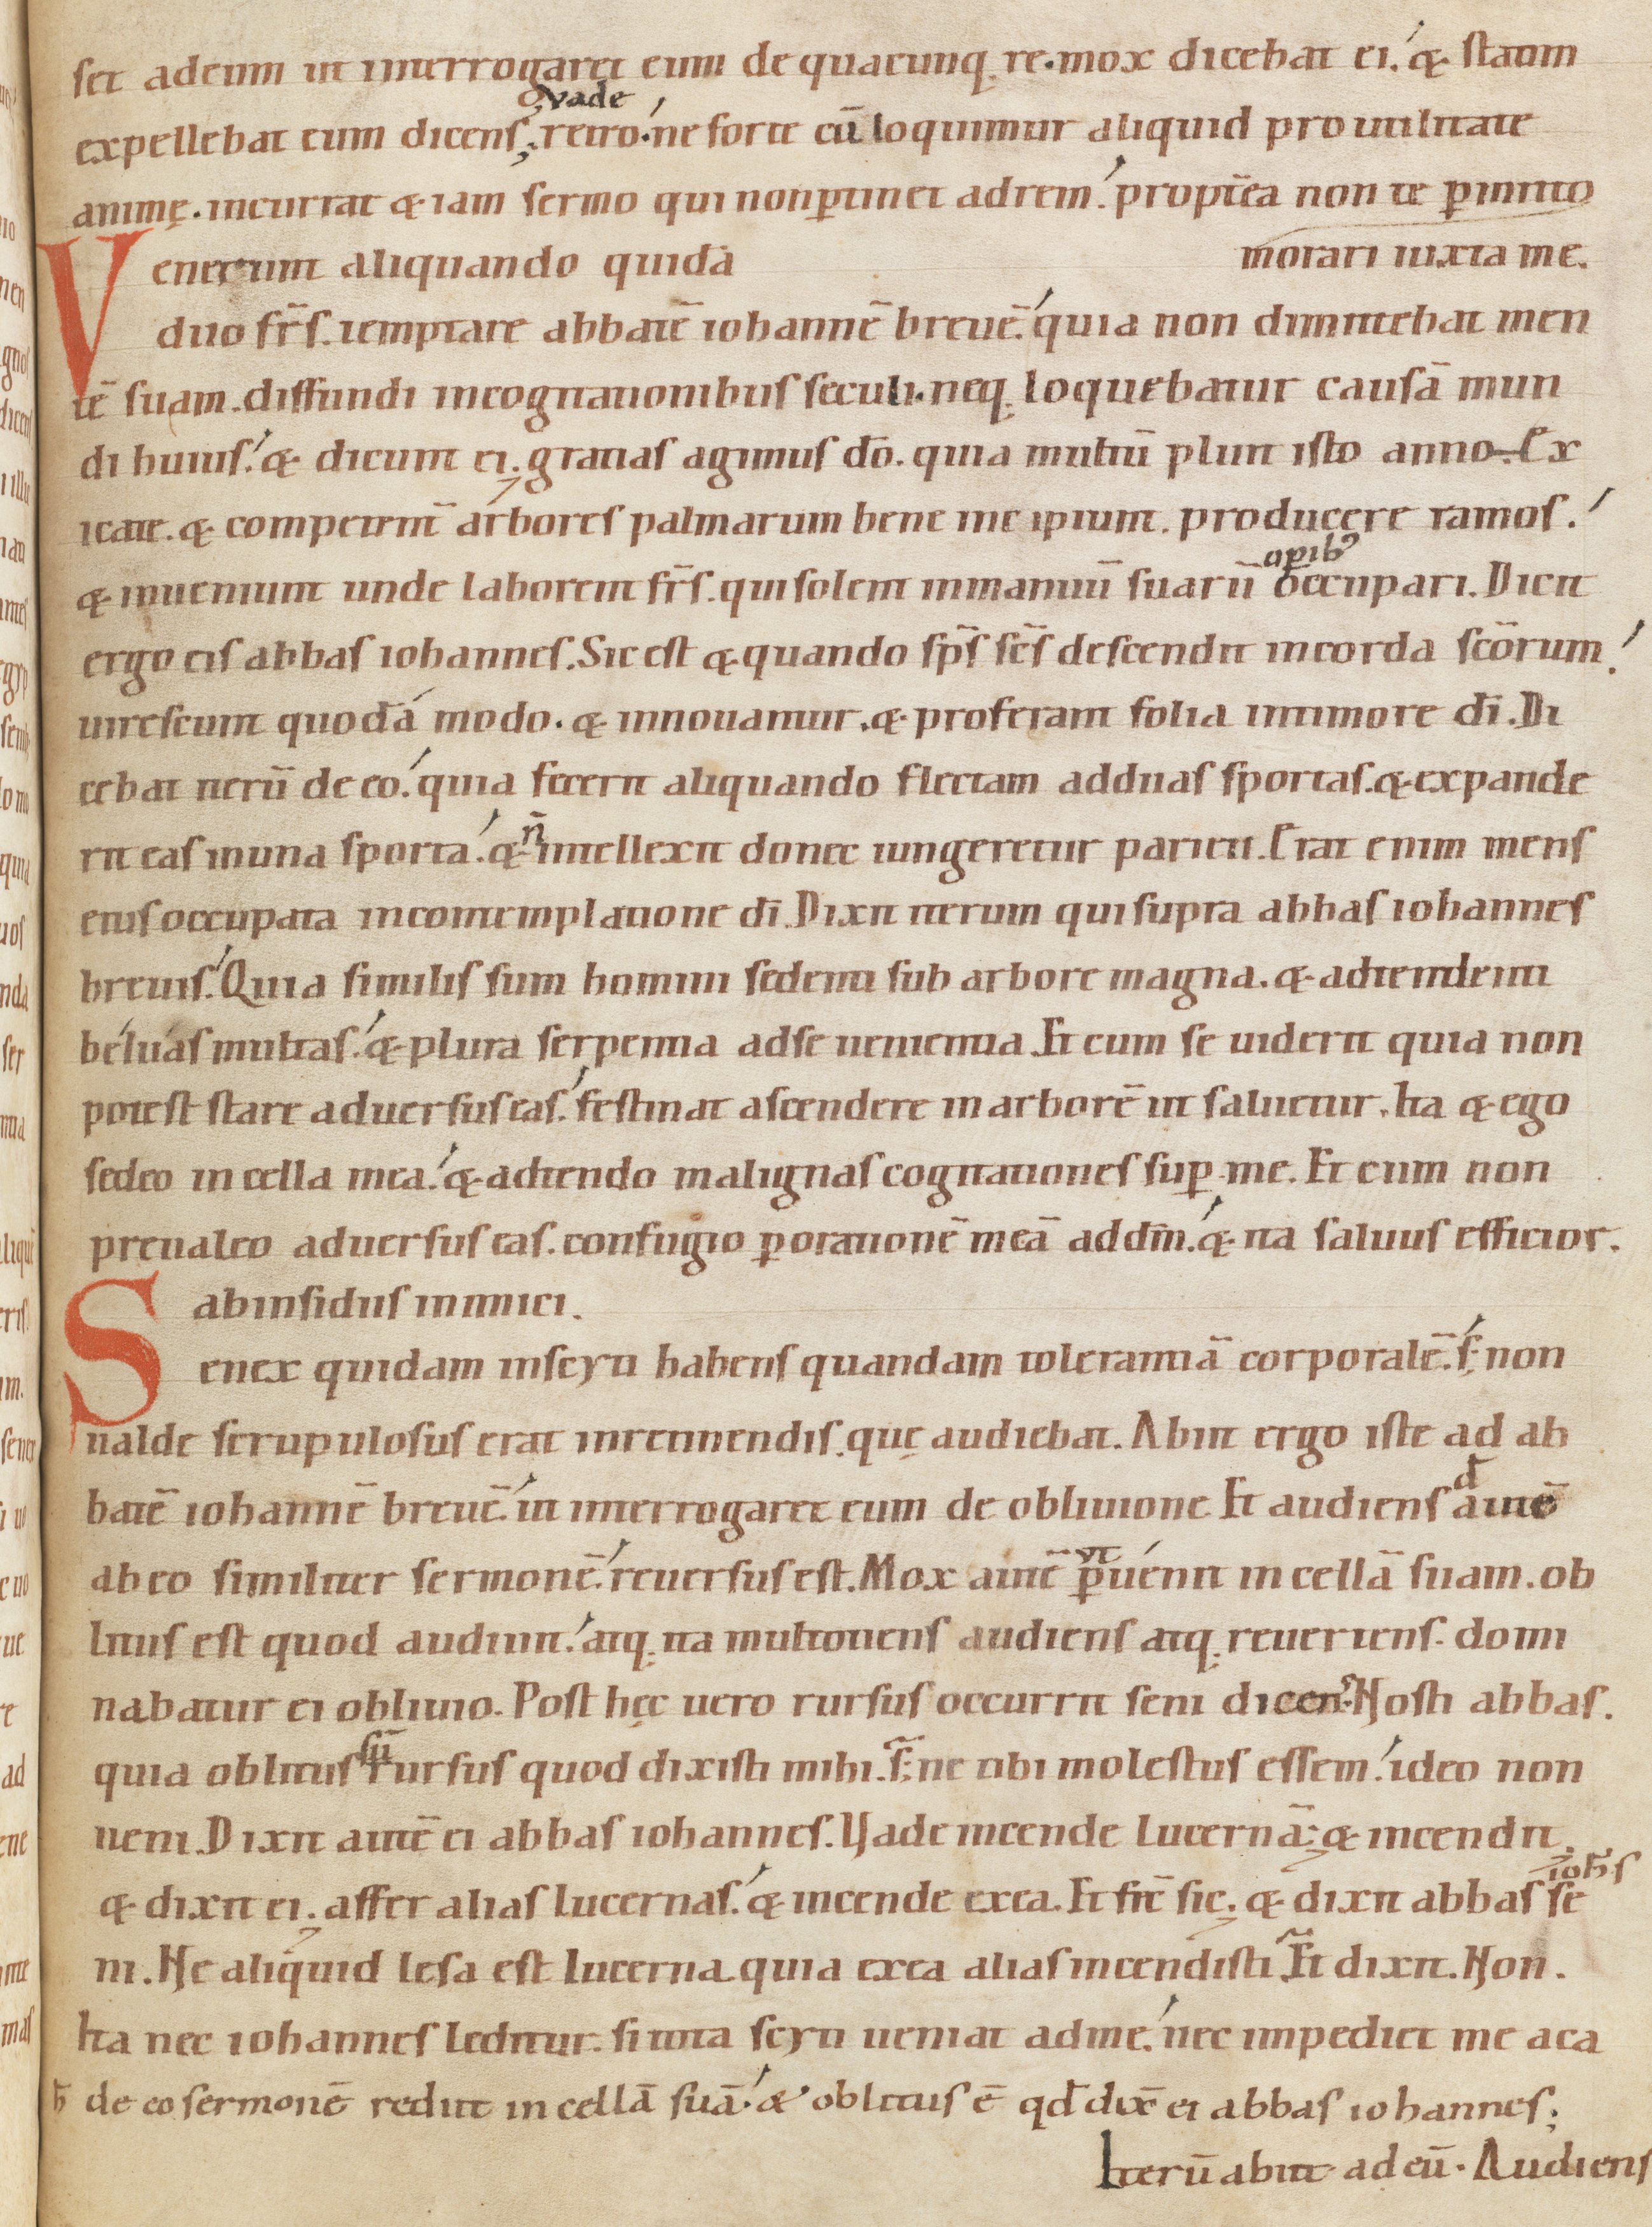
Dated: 1080–1096